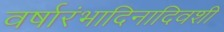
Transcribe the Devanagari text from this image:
वर्षारंभादिनादिवशी